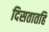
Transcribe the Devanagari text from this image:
दिसतातहि